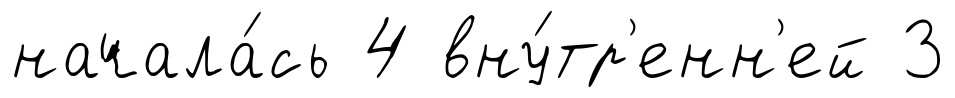
начала́сь 4 вну́тр'енн'ей 3